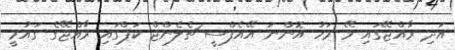
އަދި ރާއްޖޭގައި މޭ މަހު އޮންނަ އޭއެފްސީ ޗެލެންޖް ކަޕްގައި ރާއްޖޭގެ ގައުމީ